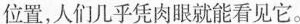
位置，人们几乎凭肉眼就能看见它。